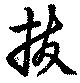
抜